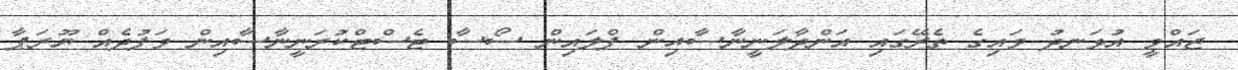
ޖައްވީ އުޅަނދު ވައިގެ ތެރޭގައި އަންދާލަނީނާސާއިން ފްލައިން ސޯސާ ޓެސްޓްކުރަނީނާސާއިން ވަފުދެއް ޔޫރަޕާ